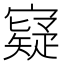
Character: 寲